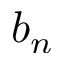
b _ { n }